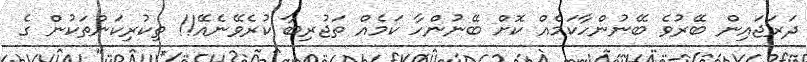
ދަރަޖައިން ބޭރުވެ ބޭނުންހާކަމެއް ކޮށް ބޭނުންހާ ކަމެއް ތަޖުރިބާ ކުރެވޭނެއޭ!! ތިކުރިކަންތަކުން ގެ